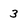
Character: 3